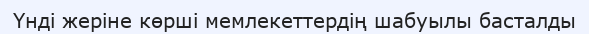
Үнді жеріне көрші мемлекеттердің шабуылы басталды